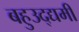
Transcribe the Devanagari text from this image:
बहुउद्द्यमी